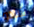
شادو